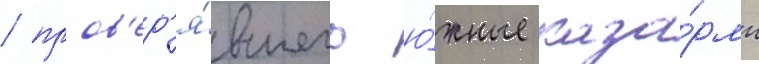
/ пров'ер'я́вшего ю́жные каза́рмы